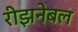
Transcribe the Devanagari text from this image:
रीझनेबल